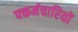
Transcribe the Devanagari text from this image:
फ्कर्मचारियों